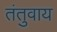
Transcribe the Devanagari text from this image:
तंतुवाय